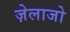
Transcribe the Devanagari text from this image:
ज़ेलाजो